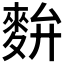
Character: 𪌚